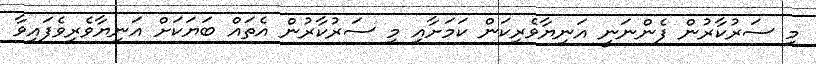
މި ސަރުކާރުން ފެންނަނީ އަނިޔާވެރިކަން ކަމަށާއި މި ސަރުކާރުން އެތައް ބަޔަކަށް އަނިޔާވެރިވެފައިވާ